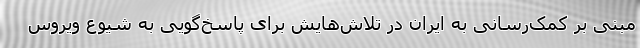
مبنی بر کمک‌رسانی به ایران در تلاش‌هایش برای پاسخ‌گویی به شیوع ویروس